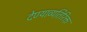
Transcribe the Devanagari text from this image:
देण्याव्यतिरिक्त